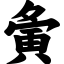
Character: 夤